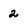
Character: 2